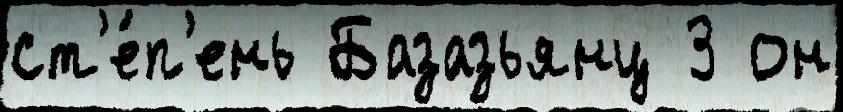
ст'е́п'ень Базазьянц 3 он